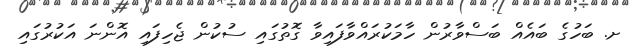
ށ. ބަހުގެ ބައެއް ބަސްވާރުން ހާމަކުރައްވާފައިވާ ގޮތުގައި ސުކުން ޖެހިފައި އޮންނަ އަކުރުގައި